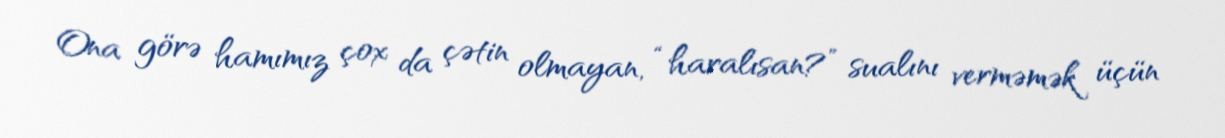
Ona görə hamımız çox da çətin olmayan, “haralısan?” sualını verməmək üçün